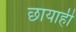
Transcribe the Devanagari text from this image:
छायाही